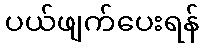
ပယ်ဖျက်ပေးရန်